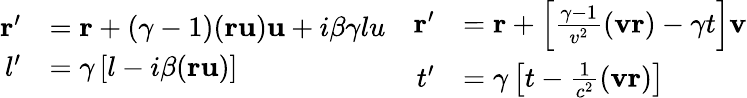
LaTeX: {\begin{array}{cc}{{\begin{array}{rl}{\mathbf{r}^{\prime}}&{=\mathbf{r}+(\gamma-1)(\mathbf{ru})\mathbf{u}+i\beta\gamma lu}\\ {l^{\prime}}&{=\gamma\left[l-i\beta(\mathbf{ru})\right]}\end{array}}}&{{\begin{array}{rl}{\mathbf{r}^{\prime}}&{=\mathbf{r}+\left[{\frac{\gamma-1}{v^{2}}}(\mathbf{vr})-\gamma t\right]\mathbf{v}}\\ {t^{\prime}}&{=\gamma\left[t-{\frac{1}{c^{2}}}(\mathbf{vr})\right]}\end{array}}}\end{array}}